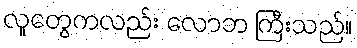
လူတွေကလည်း လောဘ ကြီးသည်။